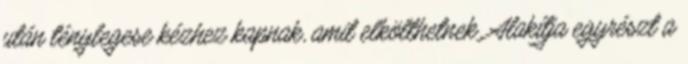
után ténylegese kézhez kapnak, amit elkölthetnek. Alakítja egyrészt a